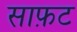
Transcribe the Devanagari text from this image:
साफ़ट